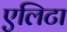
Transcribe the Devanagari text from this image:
एलिटा